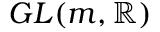
G L ( m , \mathbb { R } )